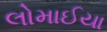
લોમાઈયા